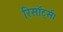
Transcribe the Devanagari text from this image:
रिसॉर्ट्स।